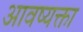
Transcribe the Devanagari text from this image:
आवष्यक्ता